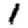
Digit: 1